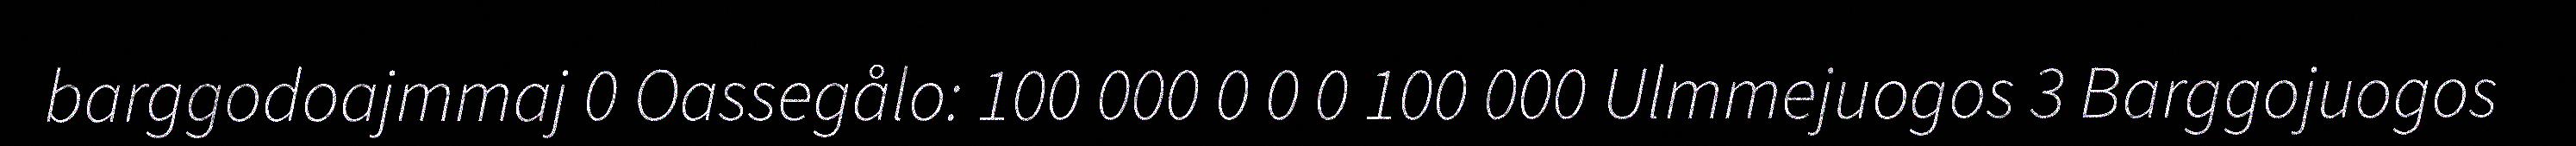
barggodoajmmaj 0 Oassegålo: 100 000 0 0 0 100 000 Ulmmejuogos 3 Barggojuogos